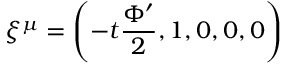
\xi ^ { \mu } = \left( - t \frac { \Phi ^ { \prime } } { 2 } , 1 , 0 , 0 , 0 \right)